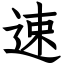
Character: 速